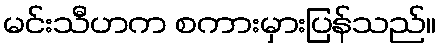
မင်းသီဟက စကားမှားပြန်သည်။